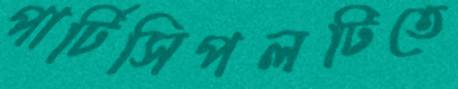
পার্টিসিপলটিতে